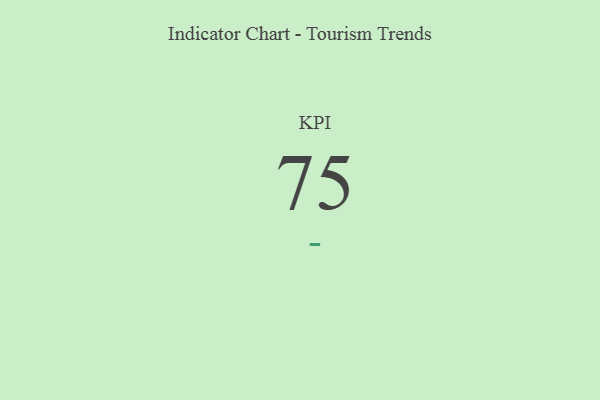
{"axis": {"x": "KPI", "y": "Value"}, "legend": [""], "data": [{"x": "KPI", "y": 75, "type": ""}]}